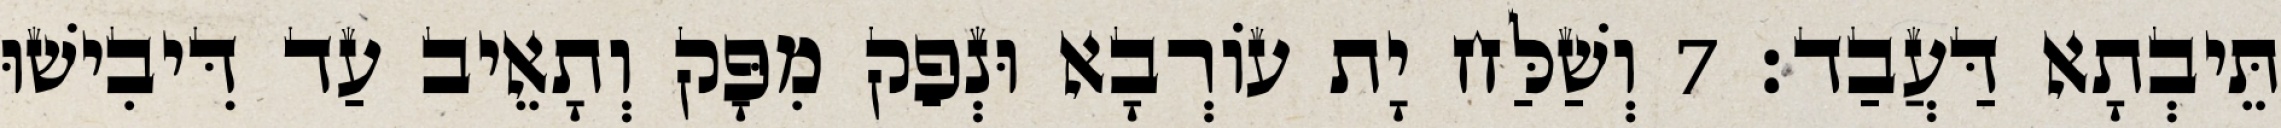
תֵּיבְתָא דַּעֲבַד׃ 7 וְשַׁלַּח יָת עוֹרְבָא וּנְפַק מִפָּק וְתָאֵיב עַד דִּיבִישׁוּ